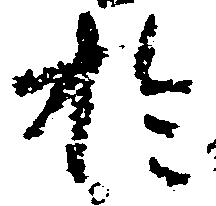
於